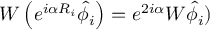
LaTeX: W \left( e ^ { i \alpha R _ { i } } \hat { \phi } _ { i } \right) = e ^ { 2 i \alpha } W \hat { \phi } _ { i } )